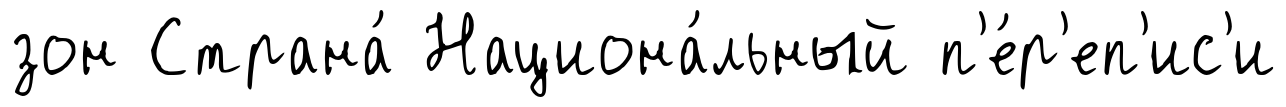
зон Страна́ Национа́льный п'е́р'еп'ис'и